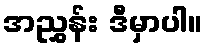
အညွှန်း ဒီမှာပါ။